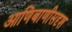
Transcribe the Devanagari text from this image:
आणिबाणीसदृश